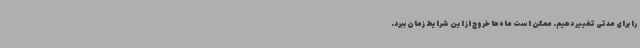
را برای مدتی تغییر دهیم. ممکن است ماه‌ها خروج از این شرایط زمان ببرد.